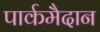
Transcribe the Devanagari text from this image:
पार्कमैदान